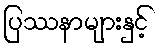
ပြဿနာများနှင့်